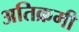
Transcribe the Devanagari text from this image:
अतिक्रमी